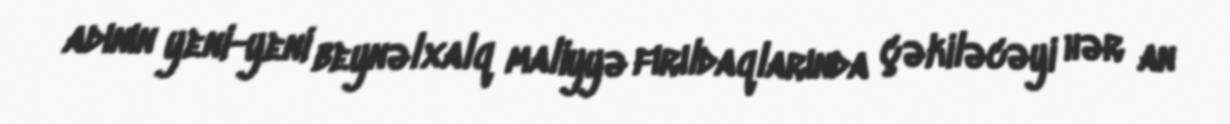
adının yeni-yeni beynəlxalq maliyyə fırıldaqlarında çəkiləcəyi hər an